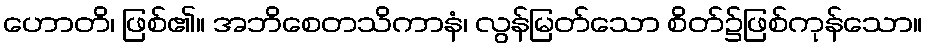
ဟောတိ၊ ဖြစ်၏။ အဘိစေတသိကာနံ၊ လွန်မြတ်သော စိတ်၌ဖြစ်ကုန်သော။